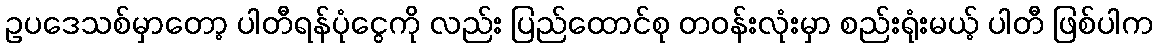
ဥပဒေသစ်မှာတော့ ပါတီရန်ပုံငွေကို လည်း ပြည်ထောင်စု တဝန်းလုံးမှာ စည်းရုံးမယ့် ပါတီ ဖြစ်ပါက